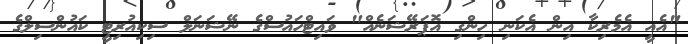
"އެއީ އެމެރިކާ އިން އެކަނި ހިންގި އޮޕަރޭޝަނެއް" ވައިޓްހައުސްގެ ނޭޝަނަލް ސިކިއުރިޓީ ކައުންސިލްގެ